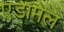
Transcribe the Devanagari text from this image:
एडामेल